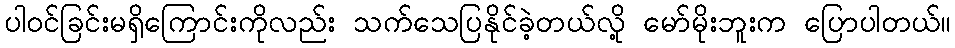
ပါဝင်ခြင်းမရှိကြောင်းကိုလည်း သက်သေပြနိုင်ခဲ့တယ်လို့ မော်မိုးဘူးက ပြောပါတယ်။